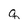
Character: q